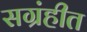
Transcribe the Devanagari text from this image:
सग्रंहीत